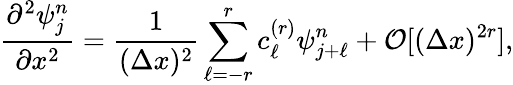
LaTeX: \frac{\partial^{2}\psi_{j}^{n}}{\partial x^{2}}=\frac{1}{(\Delta x)^{2}}\sum_{\ell=-r}^{r}c_{\ell}^{(r)}\psi_{j+\ell}^{n}+{\cal O}{[(\Delta x)^{2r}]},